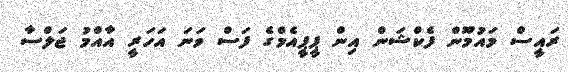
ރައީސް މައުމޫން ފެކްޝަން އިން ޕީޕީއެމްގެ ފަސް ވަނަ އަހަރީ އާއްމު ޖަލްސާ